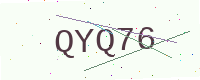
Text: QYQ76